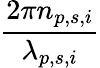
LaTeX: \frac{2\pi n_{p,s,i}}{\lambda_{p,s,i}}